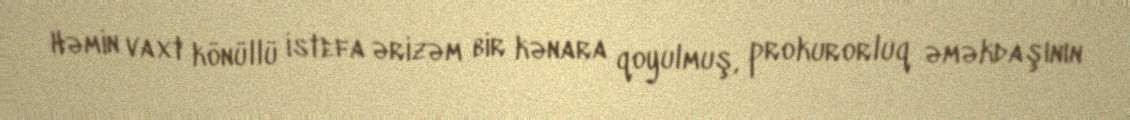
Həmin vaxt könüllü istefa ərizəm bir kənara qoyulmuş, prokurorluq əməkdaşının